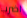
اضرب